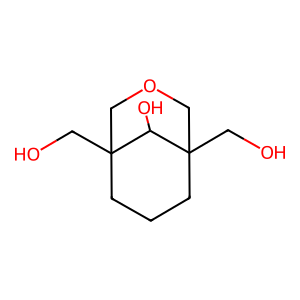
SMILES: OCC12CCCC(CO)(COC1)C2O
Inhibits HIV replication: No